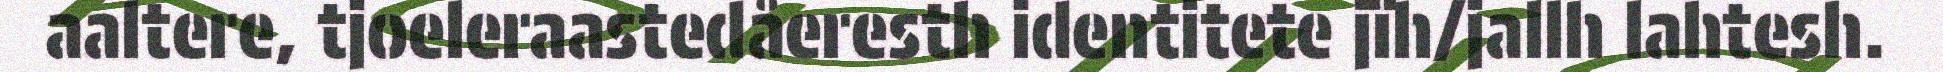
aaltere, tjoeleraastedåeresth identitete jïh/jallh lahtesh.